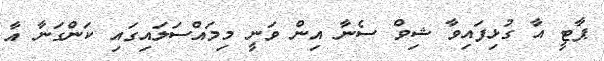
ޕާޓީ އާ ގުޅިފައިވާ ޝިވް ސެނާ އިން ވަނީ މިމައްސަލައިގައި ކަންގަނާ އާ